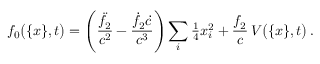
f _ { 0 } \big ( \{ x \} , t \big ) = \Bigg ( \frac { \ddot { f } _ { 2 } } { c ^ { 2 } } - \frac { \dot { f } _ { 2 } \dot { c } } { c ^ { 3 } } \Bigg ) \sum _ { i } { \textstyle \frac { 1 } { 4 } } x _ { i } ^ { 2 } + \frac { f _ { 2 } } { c } \, V \big ( \{ x \} , t \big ) \, .